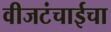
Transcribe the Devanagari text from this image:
वीजटंचाईचा